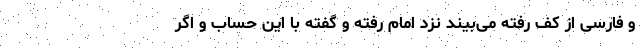
و فارسی از کف رفته می‌بیند نزد امام رفته و گفته با این حساب و اگر